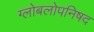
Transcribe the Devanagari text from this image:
ग्लोबलोपनिषद